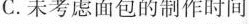
C.未考虑面包的制作时间